Annual report of the Punjab Veterinary College and of the Civil Veterinary Department, Punjab - 1926-1932
Year: 1926
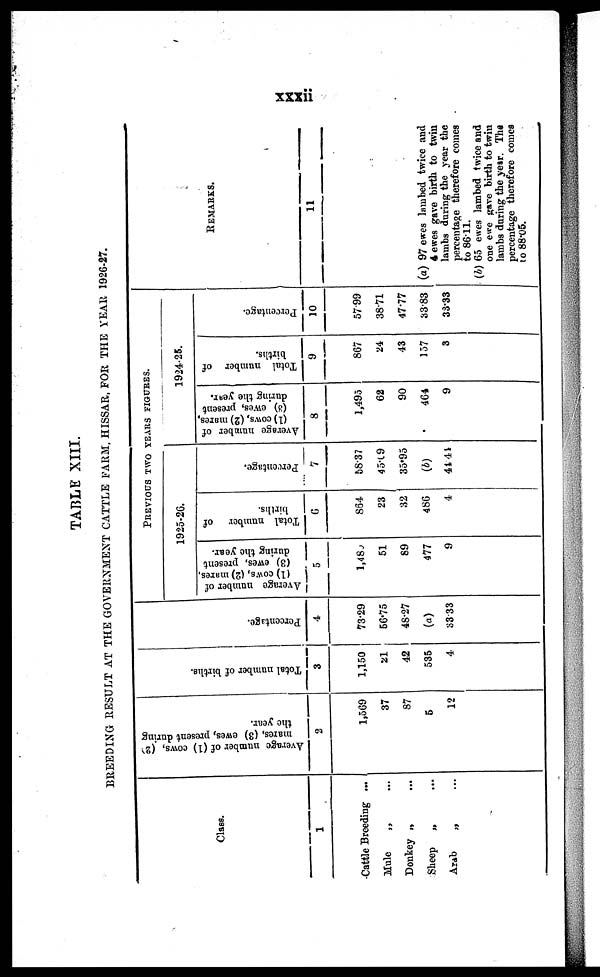
xxxii
TABLE XIII.
BREEDING RESULT AT THE GOVERNMENT CATTLE FARM. HISSAR, FOR THE YEAR 1926-27.
Class.
1
Cattle Breeding ...
Mule
„ ...
Donkey „ ...
Sheep
„ ...
Arab
...
...
Average number of (1) cows, (2)
mares,
(3) ewes, present during
the year.
2
1,569
37
87
5
12
Total number of births.
3
1,150
21
42
535
4
Percentage.
4
73.29
56.75
48.27
(a)
33.33
PREVIOUS TWO YEARS FIGURES.
1925-26.
Ave r
a ge number of
(1) cows, (2) mares,
(3) ewes, present
dur i ng the year .
5
1,48
51
89
477
9
Tot al number of
bi r t hs.
6
864
23
32
486
4
Percentage.
7
58.37
45.09
35.95
...
44.44
1924-25.
Ave r
a ge number of
(1) cows, (2) mares,
(3) ewes, present
dur i ng the year.
8
1,493
62
90
464
9
Tot al number of
births.
9
867
24
43
157
3
Percentage.
10
5799
38.71
47.77
33.83
33.33
REMARKS.
11
(a) 97 ewes lambed twice and
4 ewes gave birth to twin
lambs during the year the
percentage therefore comes
to 86 11.
(b) 65 ewes lambed twice and
one ewe gave birth to twin
lambs during the year. The
percentage therefore comes
to 88.05.